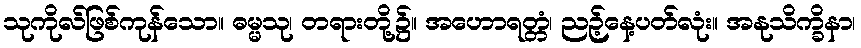
သုကိုလ်ဖြစ်ကုန်သော။ ဓမ္မသု၊ တရားတို့၌။ အဟောရတ္တံ၊ ညဉ့်နေ့ပတ်လုံး။ အနုသိက္ခိနာ၊